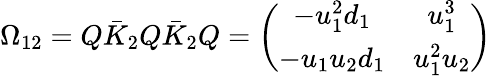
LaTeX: \Omega_{12}=Q\bar{K}_{2}Q\bar{K}_{2}Q=\left(\begin{array}{cc}{{-u_{1}^{2}d_{1}}}&{{u_{1}^{3}}}\\ {{-u_{1}u_{2}d_{1}}}&{{u_{1}^{2}u_{2}}}\end{array}\right)